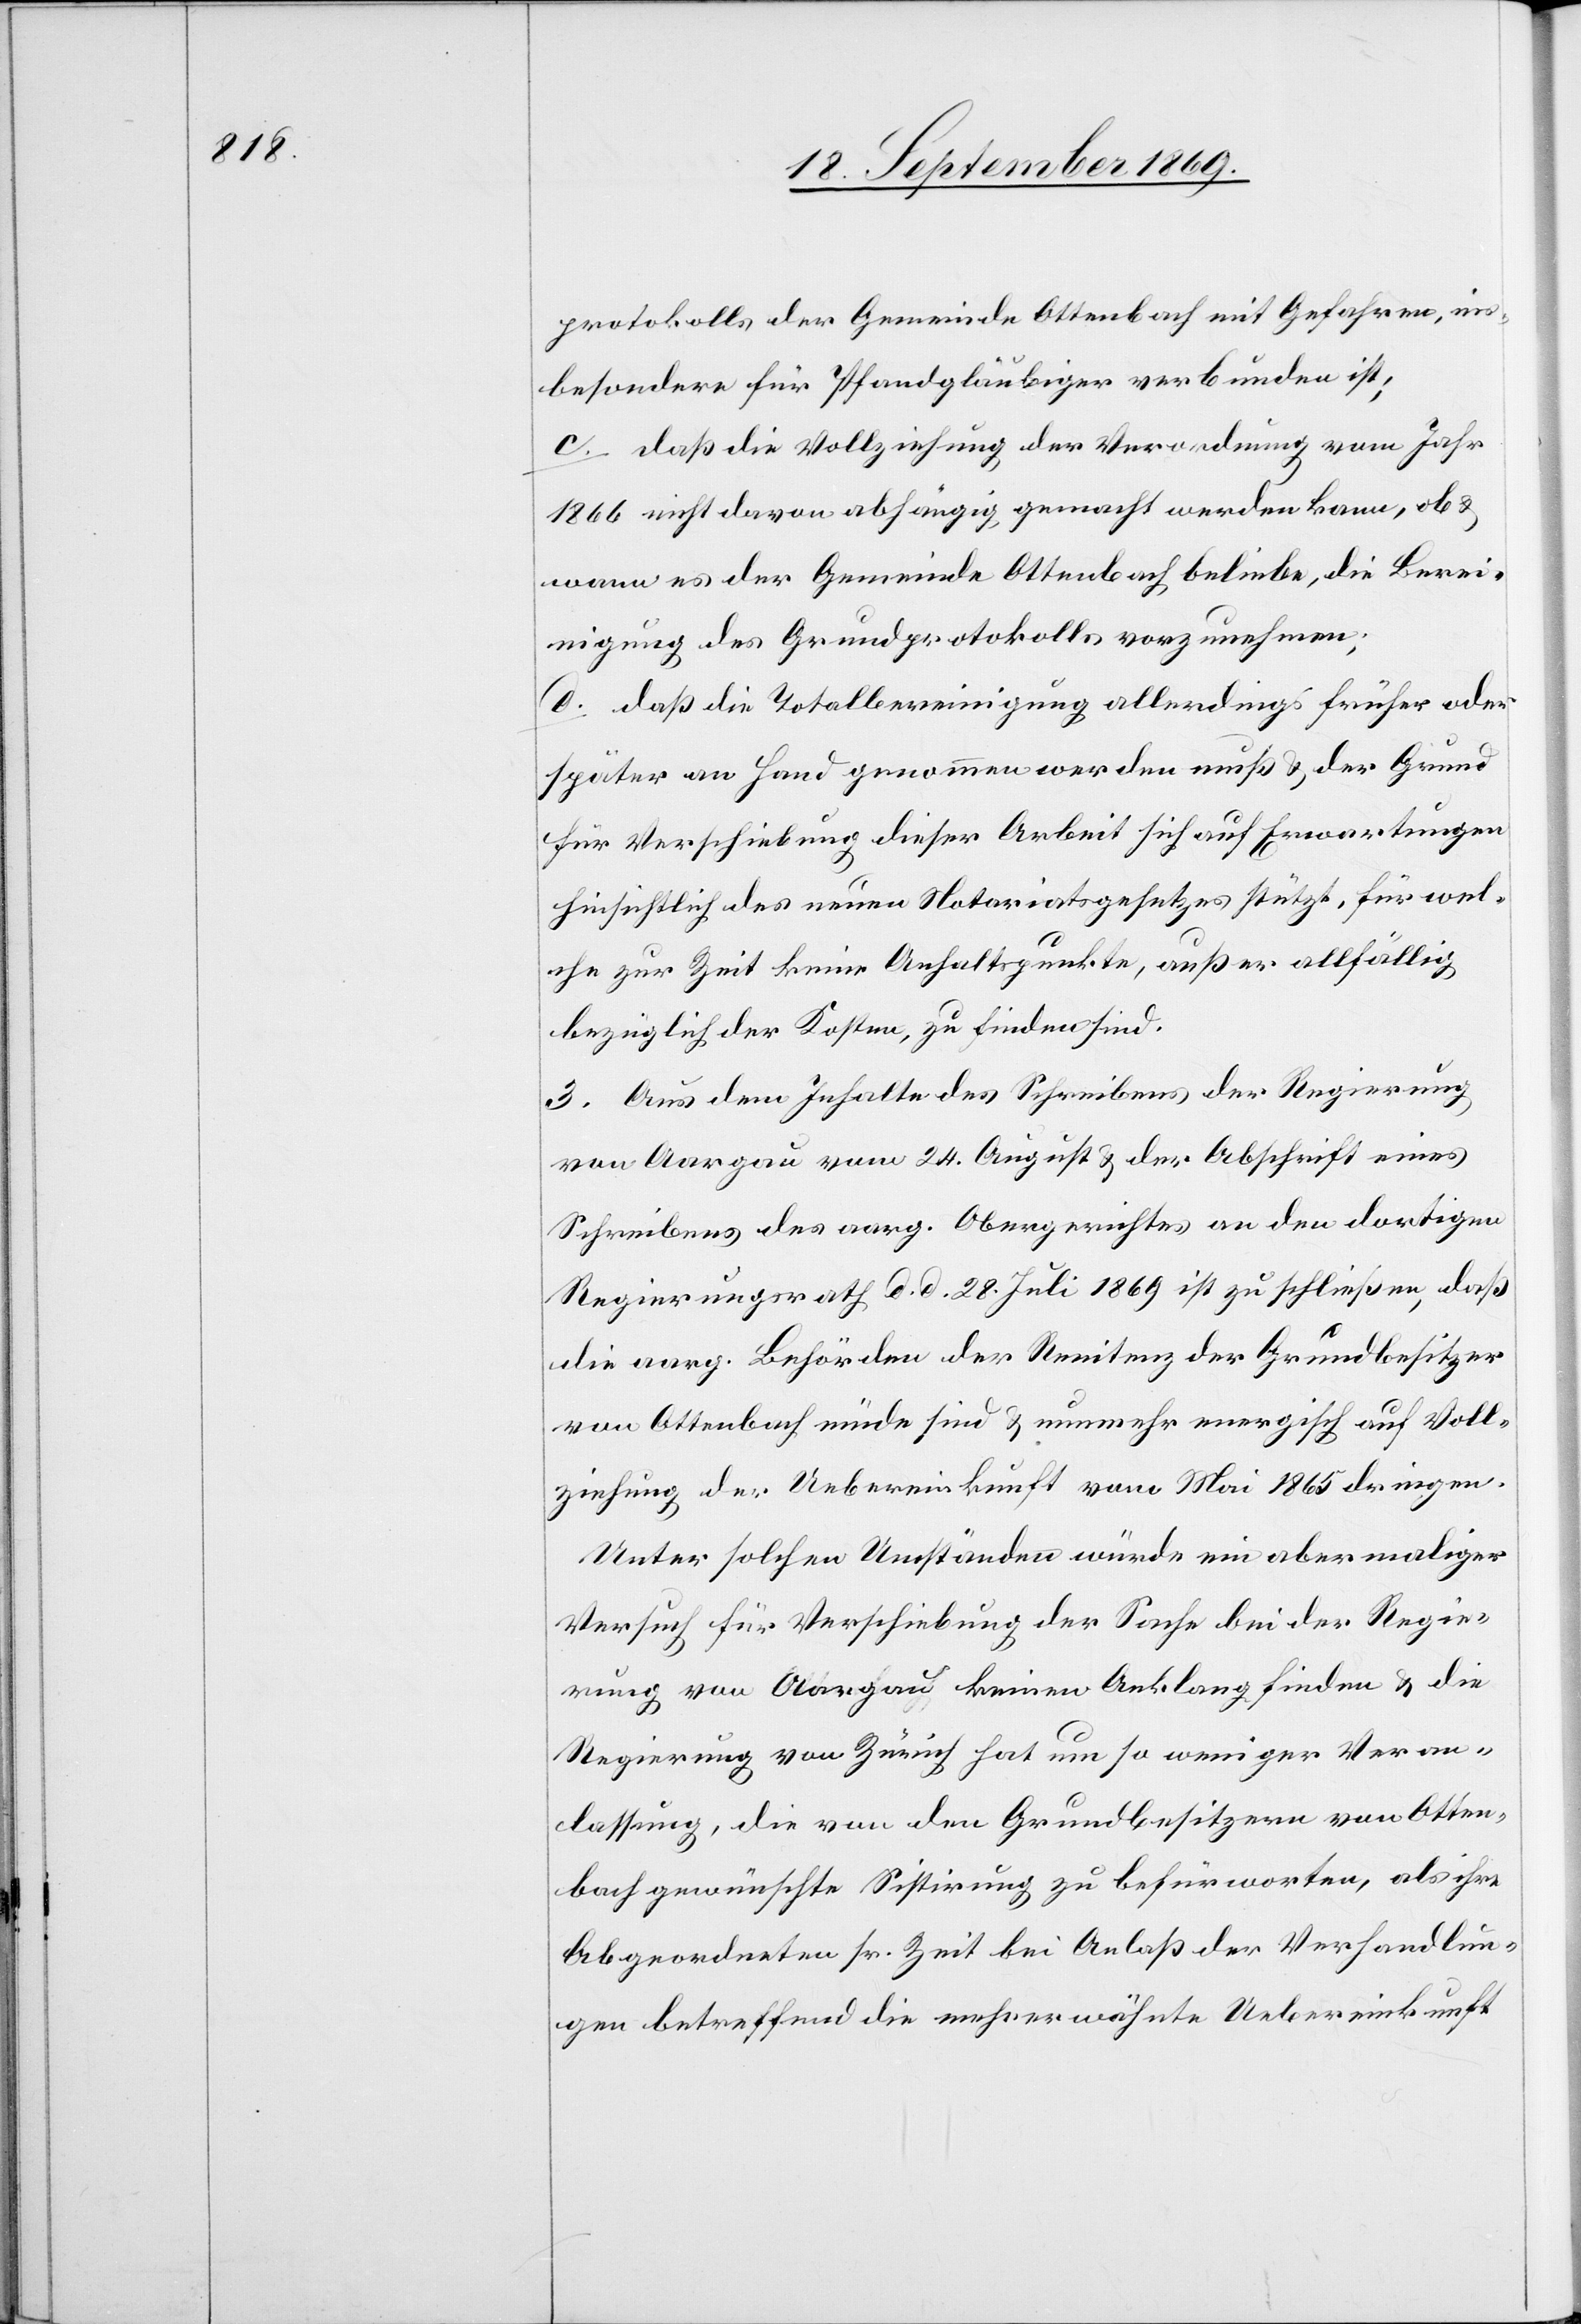
protokolls der Gemeinde Ottenbach mit Gefahren, ins¬
besondere für Pfandgläubiger verbunden ist;
c. daß die Vollziehung der Verordnung vom Jahr
1866 nicht davon abhängig gemacht werden kann, ob &
wann es der Gemeinde Ottenbach beliebe, die Berei¬
nigung des Grundprotokolls vorzunehmen;
d. daß die Totalbereinigung allerdings früher oder
später an Hand genommen werden muß & der Grund
für Verschiebung dieser Arbeit sich auf Erwartungen
hinsichtlich des neuen Notariatsgesetzes stützt, für wel¬
che zur Zeit keine Anhaltspunkte, außer allfällig
bezüglich der Kosten, zu finden sind.
3. Aus dem Inhalte des Schreibens der Regierung
von Aargau vom 24. August & der Abschrift eines
Schreibens des aarg. Obergerichtes an den dortigen
Regierungsrath d. d. 28. Juli 1869 ist zu schließen, daß
die aarg. Behörden der Renitenz der Grundbesitzer
von Ottenbach müde sind & nunmehr energisch auf Voll¬
ziehung der Uebereinkunft vom Mai 1865 dringen.
Unter solchen Umständen würde ein abermaliger
Versuch für Verschiebung der Sache bei der Regie¬
rung von Aargau keinen Anklang finden & die
Regierung von Zürich hat um so weniger Veran¬
lassung, die von den Grundbesitzern von Otten¬
bach gewünschte Sistirung zu befürworten, als ihre
Abgeordneten sr. Zeit bei Anlaß der Verhandlun¬
gen betreffend die mehrerwähnte Uebereinkunft